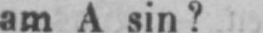
am A sin?